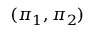
( \pi _ { 1 } , \pi _ { 2 } )